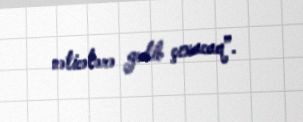
nəticələrə gedib çıxacaq”.